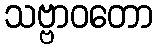
သဗ္ဗာဝတော